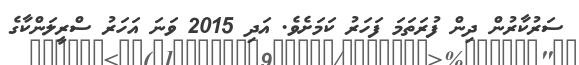
ސަރުކާރުން ދިން ފުރަތަމަ ފަހަރު ކަމަށެވެ. އަދި 2015 ވަނަ އަހަރު ސްރީލަންކާގެ